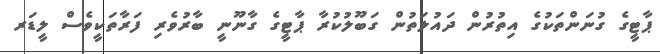
ޕާޓީގެ ގުނަންތަކުގެ އިތުރުން ދައުލަތުން ގަބޫލުކުރާ ޕާޓީގެ ގާނޫނީ ބާރުވެރި ފަރާތަކީވެސް ލީޑަރ